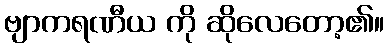
ဗျာကရဏီယ ကို ဆိုလေတော့၏။